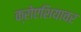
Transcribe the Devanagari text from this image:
क्रोएशियावर